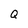
Character: Q